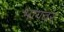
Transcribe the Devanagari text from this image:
भागवर